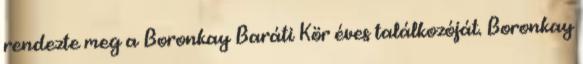
rendezte meg a Boronkay Baráti Kör éves találkozóját. Boronkay